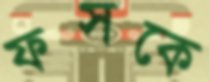
ফসকে